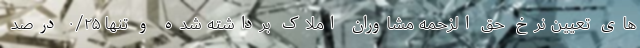
های تعیین نرخ حق الزحمه مشاوران املاک برداشته شده و تنها ۰/۲۵ درصد